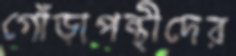
গোঁড়াপন্থীদের